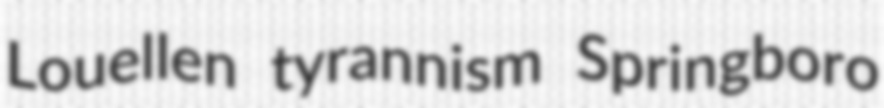
Louellen tyrannism Springboro